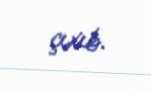
çıxıb.